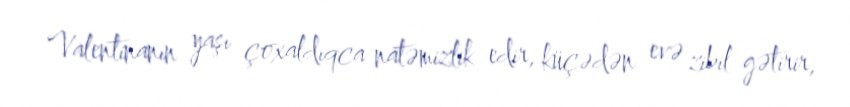
Valentinanın yaşı çoxaldıqca natəmizlik edir, küçədən evə zibil gətirir,